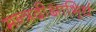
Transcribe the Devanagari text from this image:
मन्त्रदीक्षाभिर्र्ध